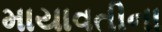
માયાવતીના